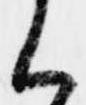
く